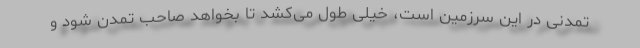
تمدنی در این سرزمین است، خیلی طول می‌کشد تا بخواهد صاحب تمدن شود و